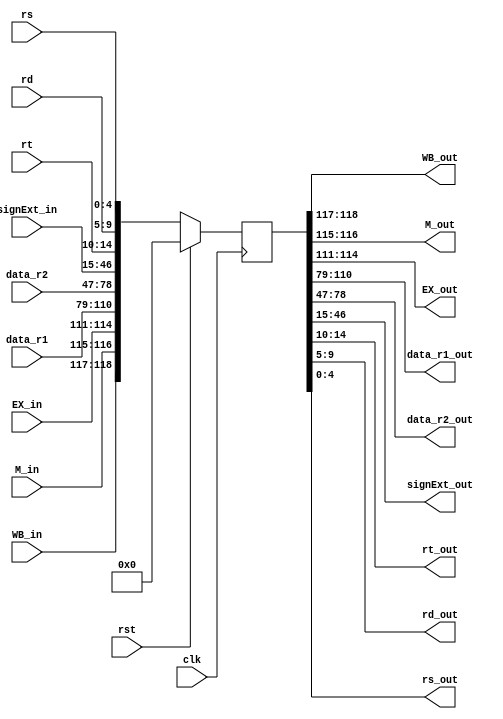
/*
FIGURE 4.38 MEM and WB: The fourth and fifth pipe
stages of a load instruction, highlighting the portions of
the datapath in Figure 4.35 used in this pipe stage.
*/

//keep inputs and outputs together. nightmare to wire otherwise
module ID_EX_reg(
	input clk,
	input rst,
	input [1:0] WB_in,
	input [1:0] M_in,
	input [3:0] EX_in,
	input [31:0] data_r1,
	input [31:0] data_r2,
	input [31:0] signExt_in,
	input [4:0] rt,
	input [4:0] rd,
	input [4:0] rs,
	output [1:0] WB_out,
	output [1:0] M_out,
	output [3:0] EX_out,
	output [31:0] data_r1_out,
	output [31:0] data_r2_out,
	output [31:0] signExt_out,
	output [4:0] rt_out,
	output [4:0] rd_out,
	output [4:0] rs_out
);

reg [118:0] pipeline_data;
	
always @(posedge clk) begin
	if (rst) pipeline_data <= 119'b0;

	else pipeline_data <= {WB_in, M_in, EX_in, data_r1, data_r2, signExt_in, rt, rd, rs};
	
end

assign {WB_out, M_out, EX_out, data_r1_out, data_r2_out, signExt_out, rt_out, rd_out, rs_out} = pipeline_data;

endmodule